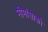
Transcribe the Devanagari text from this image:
मीमांसाकाे